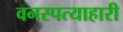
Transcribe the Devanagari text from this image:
वनस्पत्याहारी